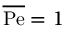
\overline { { \mathrm { P e } } } = 1